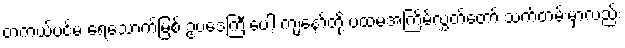
တကယ့်ပင်မ ရေသောက်မြစ် ဥပဒေကြီးပေါ့ ကျနော်တို့ ပထမအကြိမ်လွှတ်တော် သက်တမ်းမှာလည်း